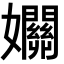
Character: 𡤡